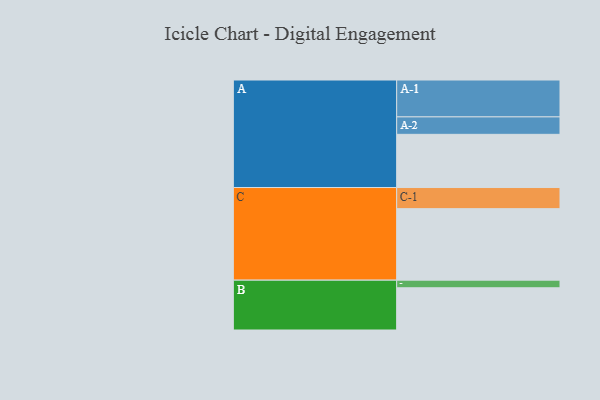
{"axis": {"x": "Segment", "y": "Value"}, "legend": ["", "A", "B", "C"], "data": [{"x": "A", "y": 378, "type": ""}, {"x": "B", "y": 300, "type": ""}, {"x": "C", "y": 508, "type": ""}, {"x": "A-1", "y": 262, "type": "A"}, {"x": "A-2", "y": 124, "type": "A"}, {"x": "B-1", "y": 54, "type": "B"}, {"x": "C-1", "y": 150, "type": "C"}]}